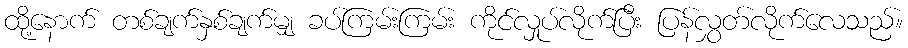
ထို့နောက် တစ်ချက်နှစ်ချက်မျှ ခပ်ကြမ်းကြမ်း ကိုင်လှုပ်လိုက်ပြီး ပြန်လွှတ်လိုက်လေသည်။